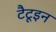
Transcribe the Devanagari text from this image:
टैटूइन